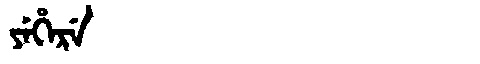
Manchu: ᠶᡝᡥᡝᡵᡝ
Romanization: YEHERE